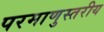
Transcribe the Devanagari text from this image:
परमाणुस्तरीय